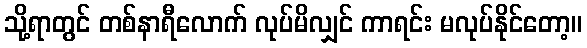
သို့ရာတွင် တစ်နာရီလောက် လုပ်မိလျှင် ကာရင်း မလုပ်နိုင်တော့။